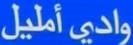
واديًأمليل